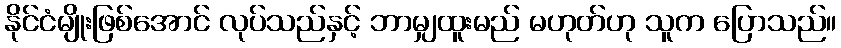
နိုင်ငံမျိုးဖြစ်အောင် လုပ်သည်နှင့် ဘာမျှထူးမည် မဟုတ်ဟု သူက ပြောသည်။